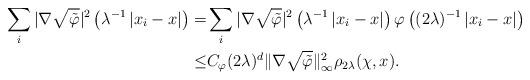
LaTeX: \begin{align*}\sum_{i}|\nabla\sqrt{\tilde{\varphi}}|^2\left(\lambda^{-1}\left|x_i-x\right|\right)=& \sum_i |\nabla\sqrt{\tilde{\varphi}}|^2\left(\lambda^{-1}\left|x_i-x\right|\right)\varphi\left((2\lambda)^{-1}\left|x_i-x\right|\right)\\\le&C_{\varphi}(2\lambda)^d\|\nabla \sqrt{\tilde{\varphi}}\|_\infty^2 \rho_{2\lambda}(\chi, x) .\end{align*}